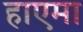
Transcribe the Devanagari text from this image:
हाएमा